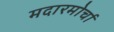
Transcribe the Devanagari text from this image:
मदारमोर्चा